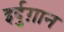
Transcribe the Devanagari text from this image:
इर्दुग़ान